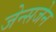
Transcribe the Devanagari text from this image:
जेन्सजेन